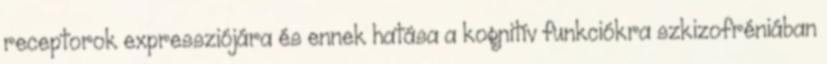
receptorok expressziójára és ennek hatása a kognitív funkciókra szkizofréniában